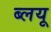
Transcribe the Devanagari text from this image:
ब्लयू